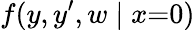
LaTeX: f(y,y^{\prime},w\mid x{=}0)